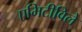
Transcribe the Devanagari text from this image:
एमिटीविले